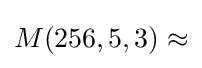
M(256,5,3)\approx